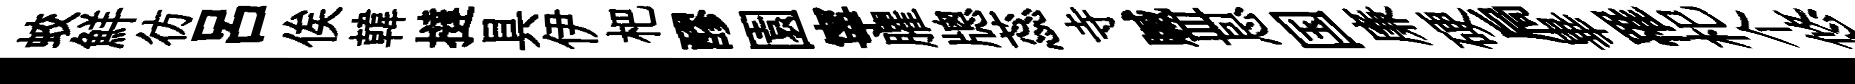
蛟鮮彷吕俟韓撻具伊杷醪園寧臞牕蕊寺贓皿㤙国廉硬扃畢罹𣏌个悠